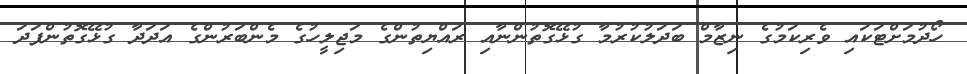
ހޯދުމަށްޓަކައި ވެރިކަމުގެ ނިޒާމް ބަދަލުކުރުމާ ގުޅޭގޮތުންނާއި ރައްޔިތުންގެ މަޖިލީހުގެ މެންބަރުންގެ އަދަދާ ގުޅޭގޮތުންފަދަ